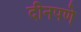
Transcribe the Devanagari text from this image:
दीनपणे